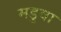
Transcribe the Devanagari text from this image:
मडुवा